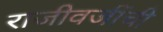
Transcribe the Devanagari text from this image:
राजीवजींची